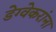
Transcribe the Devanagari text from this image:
डेग्वेकरांना